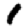
Digit: 1